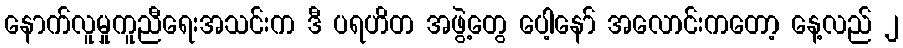
နောက်လူမှုကူညီရေးအသင်းက ဒီ ပရဟိတ အဖွဲ့တွေ ပေါ့နော် အလောင်းကတော့ နေ့လည် ၂